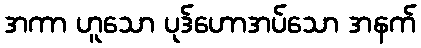
အကာ ဟူသော ပုဒ်ဟောအပ်သော အနက်